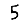
Digit: 5